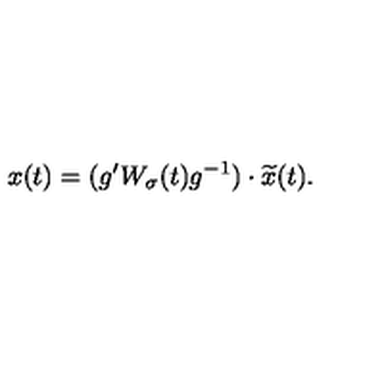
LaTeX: x ( t ) = ( g ^ { \prime } W _ { \sigma } ( t ) g ^ { - 1 } ) \cdot \widetilde { x } ( t ) .